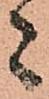
者